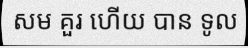
សម គួរ ហើយ បាន ទូល